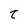
Character: t